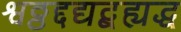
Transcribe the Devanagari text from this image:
श्वठ्ठद्दद्यद्बह्यद्ध